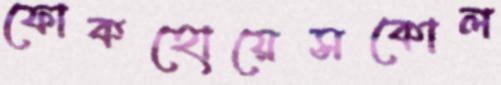
ফোকহোয়েসকোল